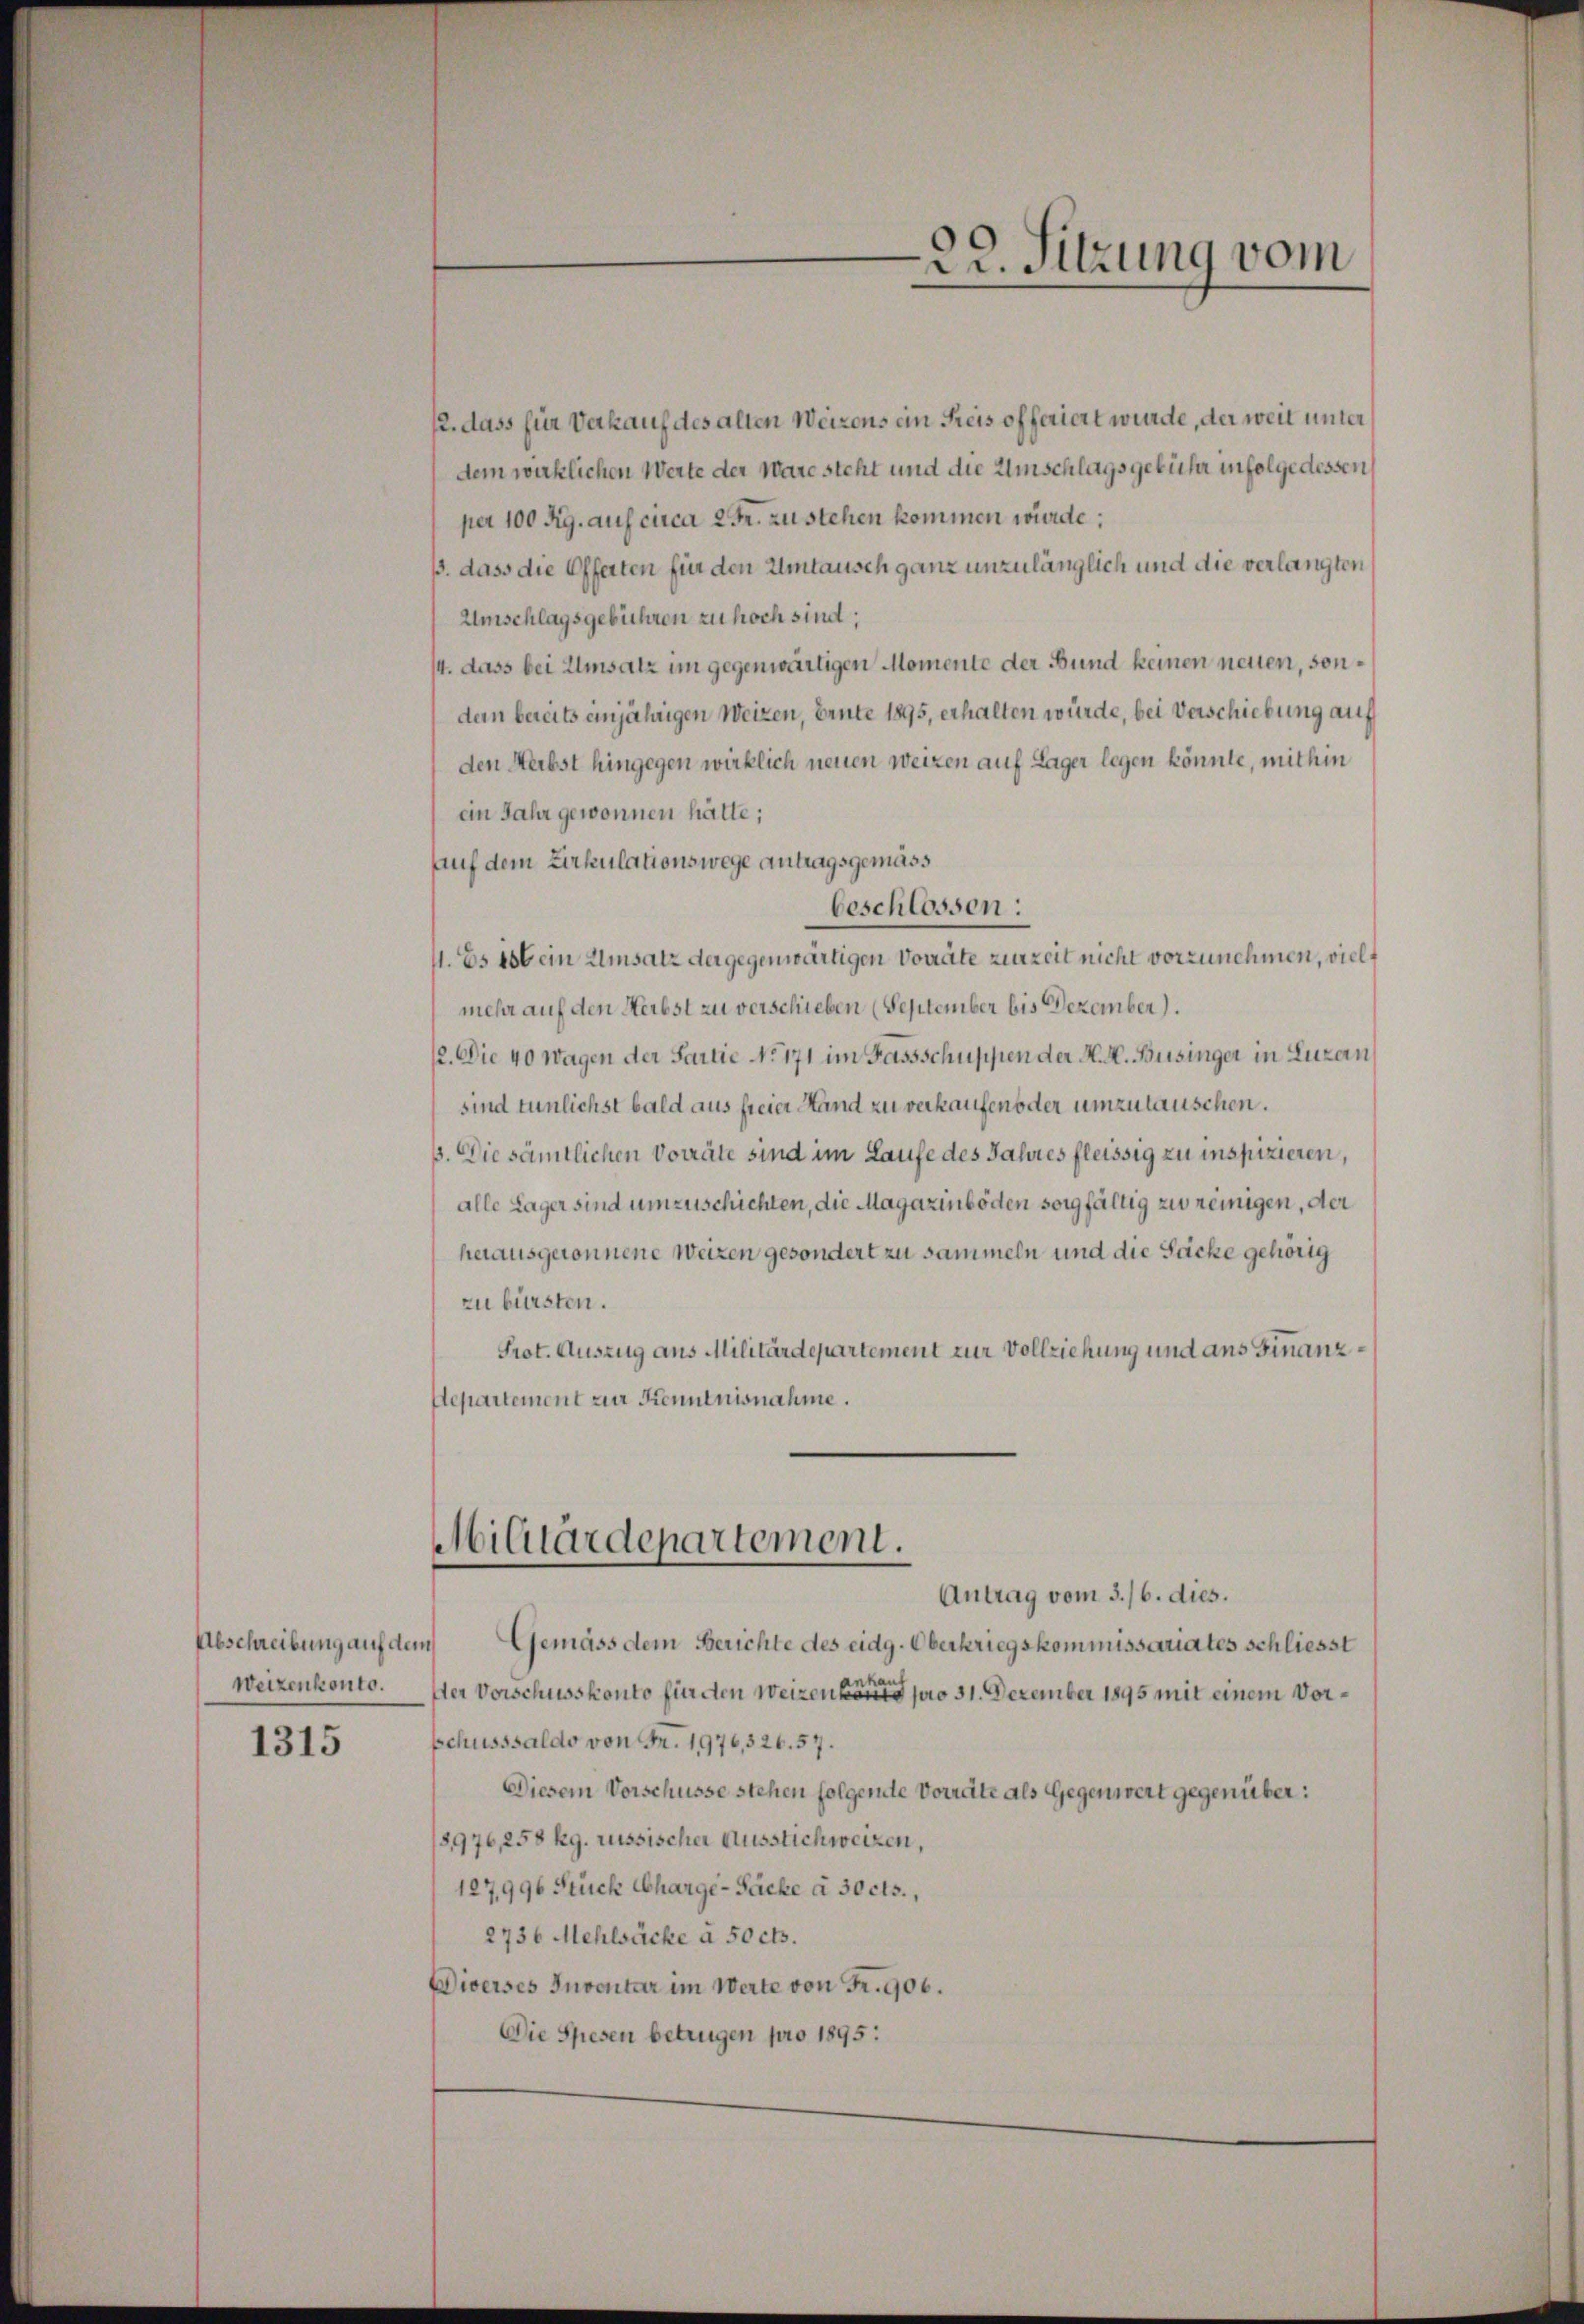
Abschreibung auf dem
Weizenkonto.

1315

12. dass für Verkauf des alten Weizens ein Preis offeriert wurde, der weit unter
dem wirklichen Werte der Ware steht und die Umschlagsgebühr infolge dessen
per 100 Rg. auf circa 2 Fr. zustehen kommen wurde;
p. dass die Offerten für den Umtausch ganz unzulänglich und die verlangten
Umschlagsgebühren zu hoch sind;
4. dass bei Umsatz im gegenwärtigen Momente der Bund keinen neuen, sondern bereits einjährigen Weizen, Ernte 1895, erhalten würde, bei Verschiebung auf
den Herbst hingegen wirklich neuen Weizen auf Lager legen könnte, mithin
ein Jahr gewonnen hätte;
auf dem Zirkulationswege antragsgemäss
beschlossen:
1. Es ist ein Umsatz der gegenwärtigen Vorräte zurzeit nicht vorzunehmen, vielf
mehr auf den Herbst zu verschieben (September bis Dezember).
12. Die 40 wagen der Fartie No 171 im Fassschuppen der N. N. Businger in Luzern
sind tunlichst bald aus freier Hand zu verkaufen oder umzulauschen.
3. Die sämtlichen Vorräte sind im Laufe des Jahres fleissig zu inspizieren,
alle Lager sind umzuschichten, die Magazinböden sorgfältig zu reinigen, der
herausgeronnene Weizen gesondert zu sammeln und die Säcke gehörig
zu bürsten.
Prot. Auszug aus Militärdepartement zur Vollziehung und aus Finanz¬
Departement zur Kenntnisnahme.
Militärdepartement.
Antrag vom 3./6. dies.
Gemäss dem Berichte des eidg. Oberkriegskommissariates schliesst
nhau
Der Vorschusskonto für den Weizen könte pro 31. Dezember 1895 mit einem Vorschusssaldo von Fr. 1976, 326. 57.
Diesem Vorschüsse stehen folgende Vorräte als Gegenwert gegenüber:
8976, 258 kg. russischer Ausstichweizen,
127996 Stück Charge-Packe à 30 cts.,
2736 Mehlsäcke à 50 cts.
Diverses Inventar im Werte von Fr. 906.
Die Spesen betrugen pro 1895:

22. Sitzung vom